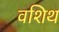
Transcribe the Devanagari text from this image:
वशिथ